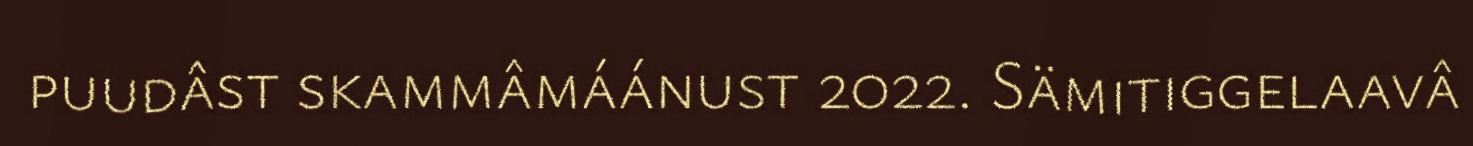
puudâst skammâmáánust 2022. Sämitiggelaavâ